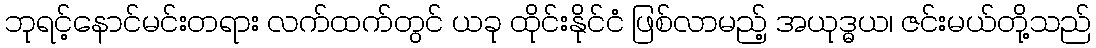
ဘုရင့်နောင်မင်းတရား လက်ထက်တွင် ယခု ထိုင်းနိုင်ငံ ဖြစ်လာမည့် အယုဒ္ဓယ၊ ဇင်းမယ်တို့သည်